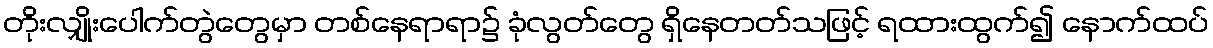
တိုးလျှိုးပေါက်တွဲတွေမှာ တစ်နေရာရာ၌ ခုံလွတ်တွေ ရှိနေတတ်သဖြင့် ရထားထွက်၍ နောက်ထပ်